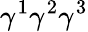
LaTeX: \gamma^{1}\gamma^{2}\gamma^{3}